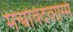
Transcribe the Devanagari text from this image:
मन्त्रविदेवास्मि